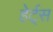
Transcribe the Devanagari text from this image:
हेर्ट्‌स